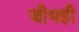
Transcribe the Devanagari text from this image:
जीभही